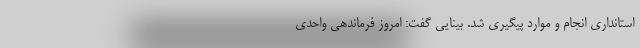
استانداری انجام و موارد پیگیری شد. بینایی گفت: امروز فرماندهی واحدی